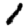
Digit: 1